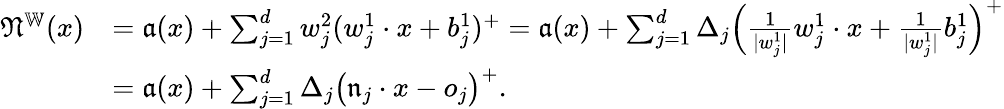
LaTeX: \begin{array}{rl}{\mathfrak N^{\mathbb W}(x)}&{=\mathfrak a(x)+\sum_{j=1}^{d}w_{j}^{2}(w_{j}^{1}\cdot x+b_{j}^{1})^{+}=\mathfrak a(x)+\sum_{j=1}^{d}\Delta_{j}\Bigl(\frac 1{|w_{j}^{1}|}w_{j}^{1}\cdot x+\frac 1{|w_{j}^{1}|}b_{j}^{1}\Bigr)^{+}}\\ &{=\mathfrak a(x)+\sum_{j=1}^{d}\Delta_{j}\bigl(\mathfrak{n}_{j}\cdot x-o_{j}\bigr)^{+}.}\end{array}